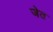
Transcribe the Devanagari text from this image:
जेत